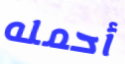
أحمله